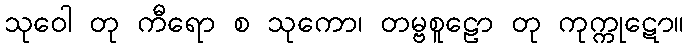
သုဝေါ တု ကီရော စ သုကော၊ တမ္ဗစူဠော တု ကုက္ကုဋော။